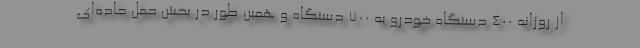
از روزانه ۴۰۰ دستگاه خودرو به ۷۰۰ دستگاه و همین طور در بخش حمل جاده‌ای